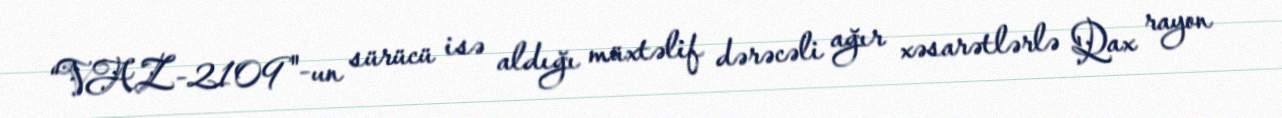
“VAZ-2109"-un sürücü isə aldığı müxtəlif dərəcəli ağır xəsarətlərlə Qax rayon